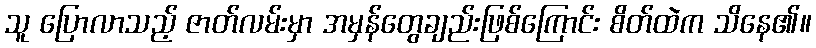
သူ ပြောလာသည့် ဇာတ်လမ်းမှာ အမှန်တွေချည်းဖြစ်ကြောင်း စိတ်ထဲက သိနေ၏။